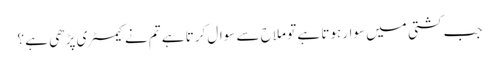
جب کشتی میں سوار ہوتا ہے تو ملاح سے سوال کرتا ہے تم نے کیمسٹری پڑھی ہے ؟